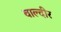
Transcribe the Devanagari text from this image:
वाल्दीर